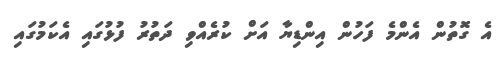
އެ ގޮތުން އެންމެ ފަހުން އިންޑިޔާ އަށް ކުރެއްވި ދަތުރު ފުޅުގައި އެކަމުގައި